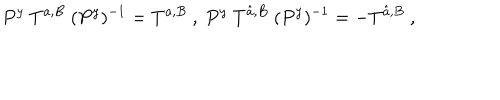
LaTeX: P ^ { y } ~ T ^ { a , B } ~ ( P ^ { y } ) ^ { - 1 } = T ^ { a , B } ~ , ~ P ^ { y } ~ T ^ { \hat { a } , B } ~ ( P ^ { y } ) ^ { - 1 } = - T ^ { \hat { a } , B } ~ , ~ \,